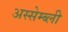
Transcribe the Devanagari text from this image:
अस्सेम्ब्ली